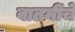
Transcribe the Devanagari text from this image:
बातमींचे